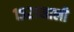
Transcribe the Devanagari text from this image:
१९२१साली